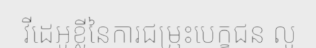
វីដេអូខ្លីនៃការជម្រុះបេក្ខជន លូ